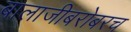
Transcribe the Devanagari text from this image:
बालाजीबरोबरच